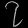
Digit: ၇